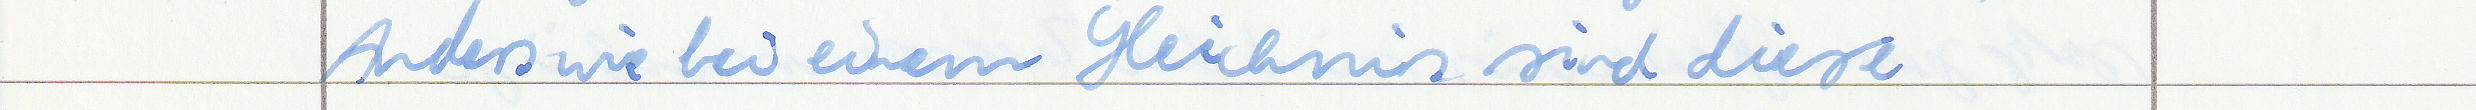
Anders wie bei einem Gleichnis sind diese